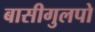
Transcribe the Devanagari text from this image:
बासीगुलपो